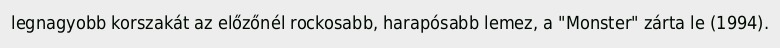
legnagyobb korszakát az előzőnél rockosabb, harapósabb lemez, a "Monster" zárta le (1994).